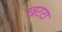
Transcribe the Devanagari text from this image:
खटटा